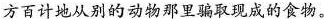
方百计地从别的动物那里骗取现成的食物。